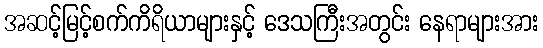
အဆင့်မြင့်စက်ကိရိယာများနှင့် ဒေသကြီးအတွင်း နေရာများအား